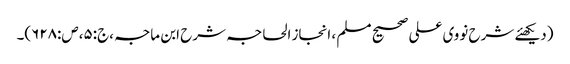
(دیکھئے شرح نووی علی صحیح مسلم ، انجاز الحاجہ شرح ابن ماجہ ،ج:۵،ص:۶۲۸)۔